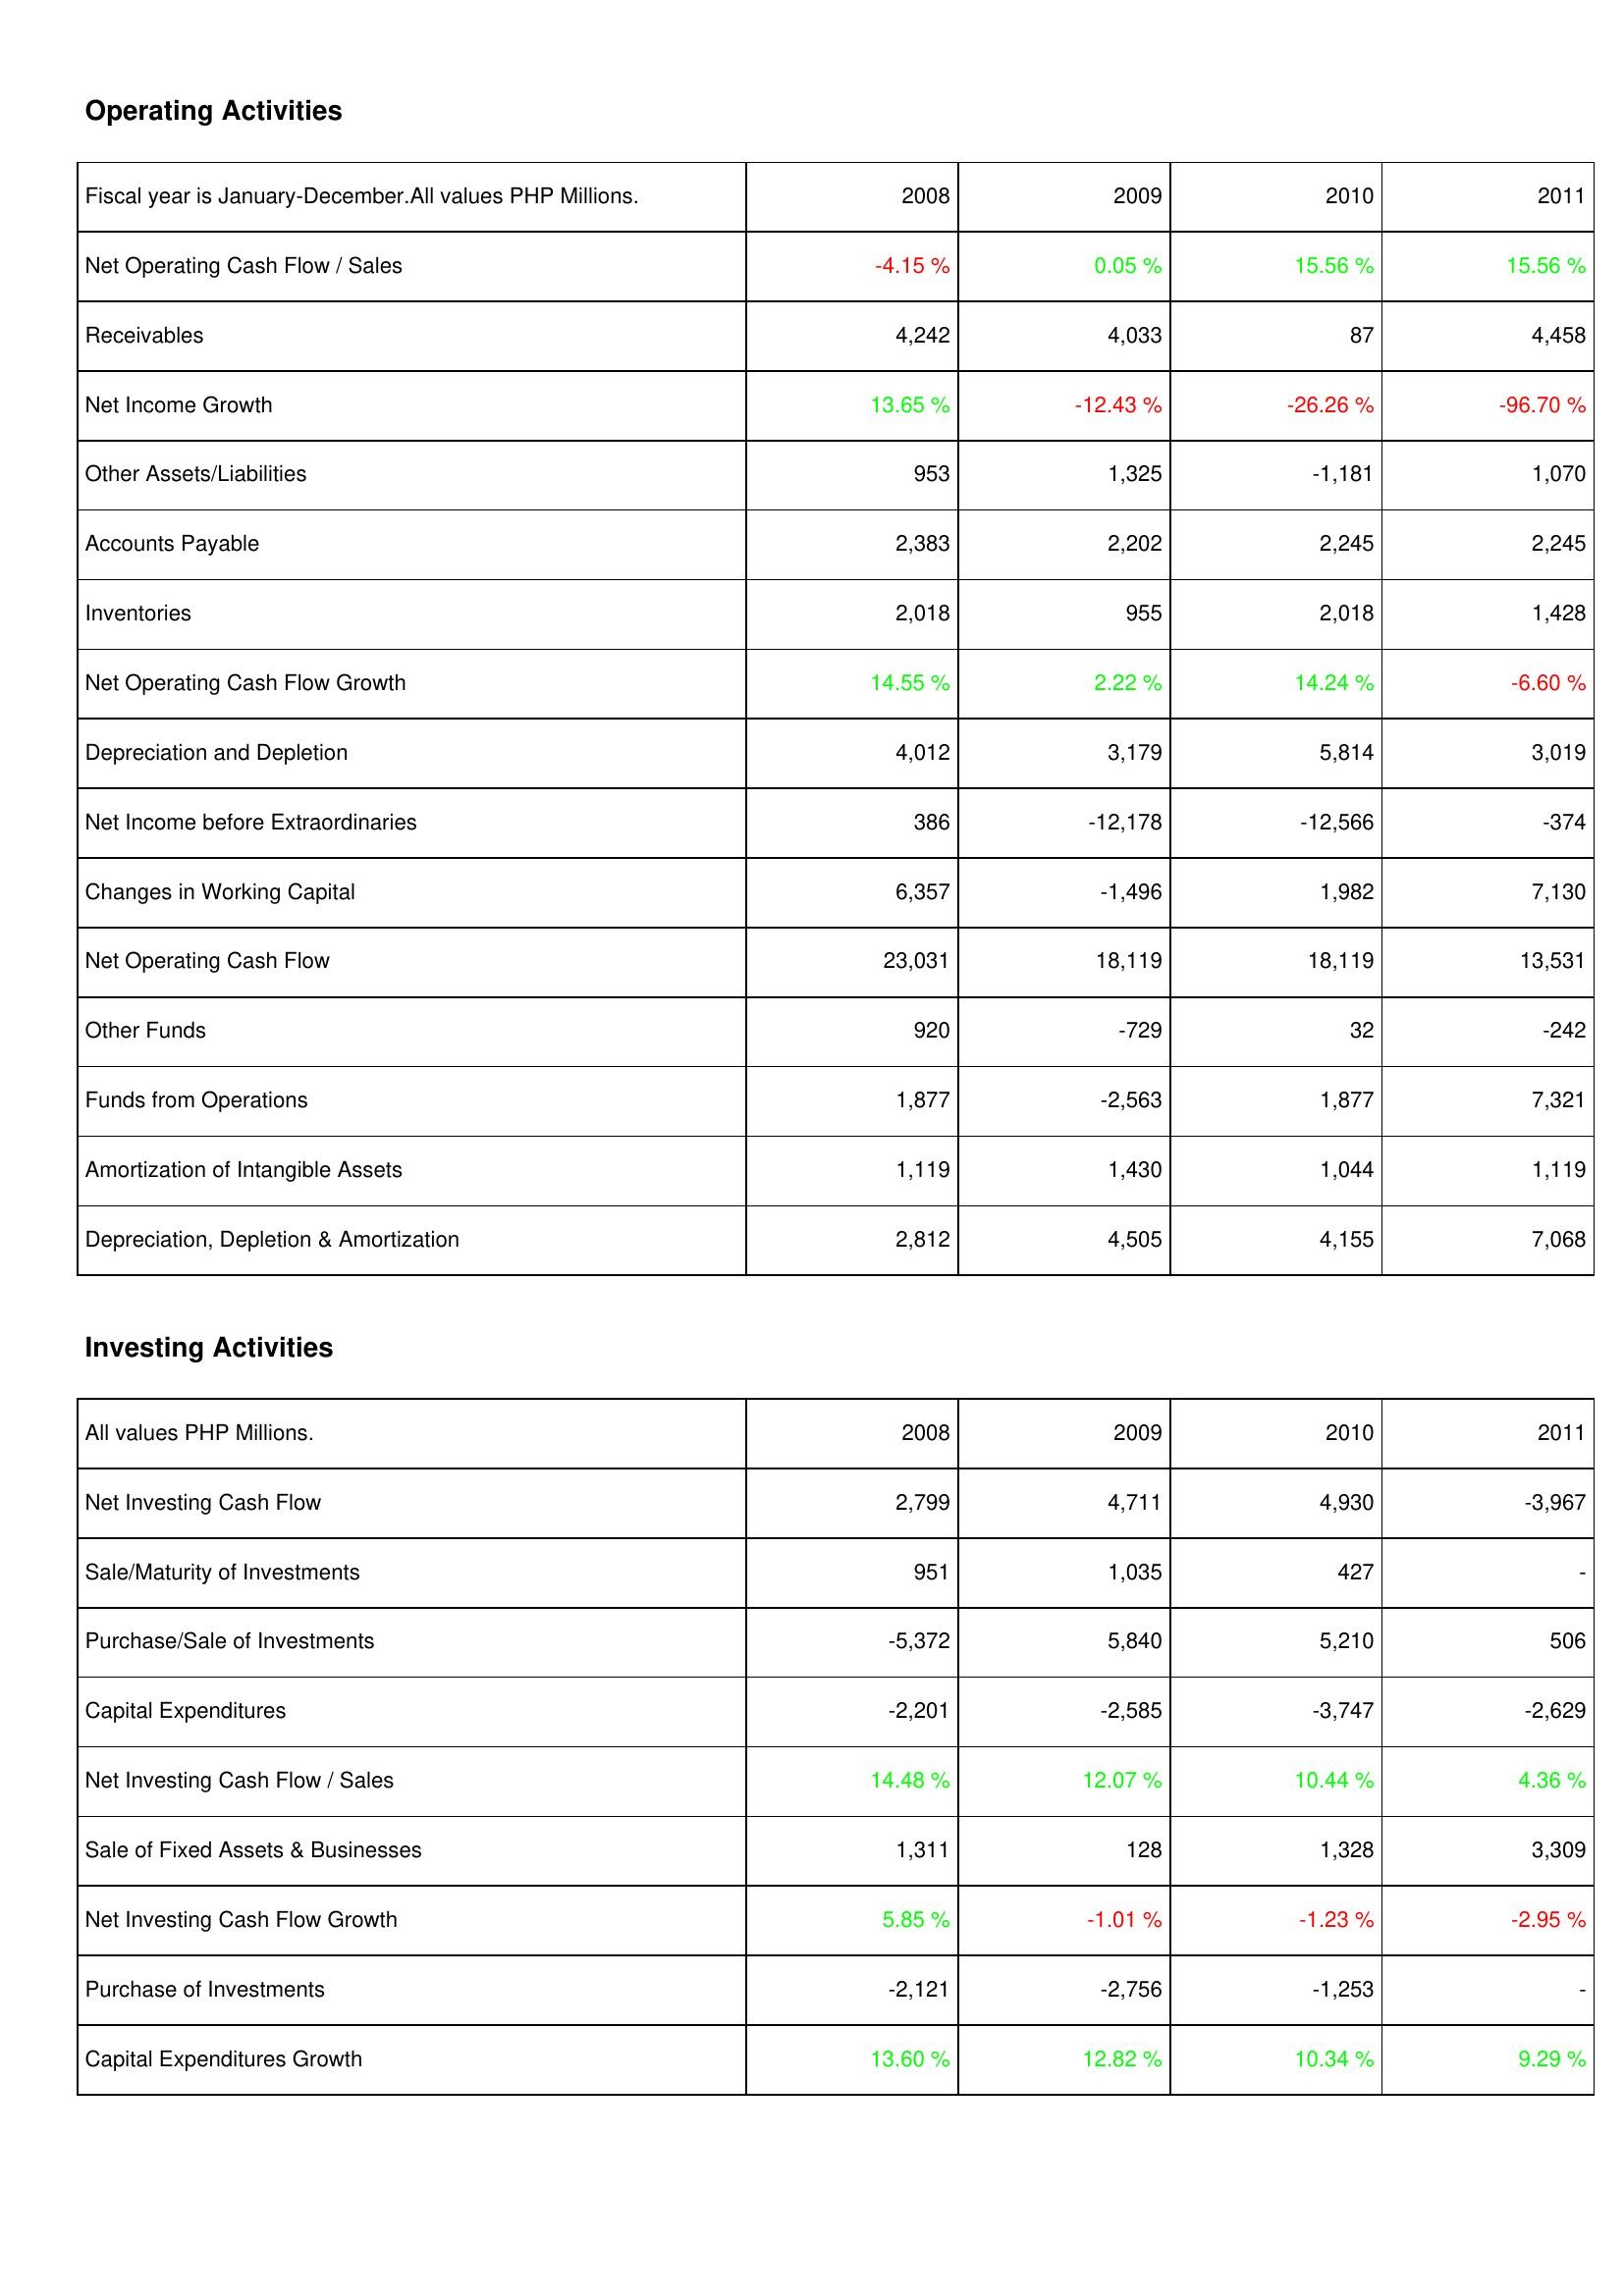
2008: Operating Activities: Net Operating Cash Flow / Sales: -4.15 %
Receivables: 4,242
Net Income Growth: 13.65 %
Other Assets/Liabilities: 953
Accounts Payable: 2,383
Inventories: 2,018
Net Operating Cash Flow Growth: 14.55 %
Depreciation and Depletion: 4,012
Net Income before Extraordinaries: 386
Changes in Working Capital: 6,357
Net Operating Cash Flow: 23,031
Other Funds: 920
Funds from Operations: 1,877
Amortization of Intangible Assets: 1,119
Depreciation, Depletion & Amortization: 2,812
Investing Activities: Net Investing Cash Flow: 2,799
Sale/Maturity of Investments: 951
Purchase/Sale of Investments: -5,372
Capital Expenditures: -2,201
Net Investing Cash Flow / Sales: 14.48 %
Sale of Fixed Assets & Businesses: 1,311
Net Investing Cash Flow Growth: 5.85 %
Purchase of Investments: -2,121
Capital Expenditures Growth: 13.60 %
2009: Operating Activities: Net Operating Cash Flow / Sales: 0.05 %
Receivables: 4,033
Net Income Growth: -12.43 %
Other Assets/Liabilities: 1,325
Accounts Payable: 2,202
Inventories: 955
Net Operating Cash Flow Growth: 2.22 %
Depreciation and Depletion: 3,179
Net Income before Extraordinaries: -12,178
Changes in Working Capital: -1,496
Net Operating Cash Flow: 18,119
Other Funds: -729
Funds from Operations: -2,563
Amortization of Intangible Assets: 1,430
Depreciation, Depletion & Amortization: 4,505
Investing Activities: Net Investing Cash Flow: 4,711
Sale/Maturity of Investments: 1,035
Purchase/Sale of Investments: 5,840
Capital Expenditures: -2,585
Net Investing Cash Flow / Sales: 12.07 %
Sale of Fixed Assets & Businesses: 128
Net Investing Cash Flow Growth: -1.01 %
Purchase of Investments: -2,756
Capital Expenditures Growth: 12.82 %
2010: Operating Activities: Net Operating Cash Flow / Sales: 15.56 %
Receivables: 87
Net Income Growth: -26.26 %
Other Assets/Liabilities: -1,181
Accounts Payable: 2,245
Inventories: 2,018
Net Operating Cash Flow Growth: 14.24 %
Depreciation and Depletion: 5,814
Net Income before Extraordinaries: -12,566
Changes in Working Capital: 1,982
Net Operating Cash Flow: 18,119
Other Funds: 32
Funds from Operations: 1,877
Amortization of Intangible Assets: 1,044
Depreciation, Depletion & Amortization: 4,155
Investing Activities: Net Investing Cash Flow: 4,930
Sale/Maturity of Investments: 427
Purchase/Sale of Investments: 5,210
Capital Expenditures: -3,747
Net Investing Cash Flow / Sales: 10.44 %
Sale of Fixed Assets & Businesses: 1,328
Net Investing Cash Flow Growth: -1.23 %
Purchase of Investments: -1,253
Capital Expenditures Growth: 10.34 %
2011: Operating Activities: Net Operating Cash Flow / Sales: 15.56 %
Receivables: 4,458
Net Income Growth: -96.70 %
Other Assets/Liabilities: 1,070
Accounts Payable: 2,245
Inventories: 1,428
Net Operating Cash Flow Growth: -6.60 %
Depreciation and Depletion: 3,019
Net Income before Extraordinaries: -374
Changes in Working Capital: 7,130
Net Operating Cash Flow: 13,531
Other Funds: -242
Funds from Operations: 7,321
Amortization of Intangible Assets: 1,119
Depreciation, Depletion & Amortization: 7,068
Investing Activities: Net Investing Cash Flow: -3,967
Sale/Maturity of Investments: -
Purchase/Sale of Investments: 506
Capital Expenditures: -2,629
Net Investing Cash Flow / Sales: 4.36 %
Sale of Fixed Assets & Businesses: 3,309
Net Investing Cash Flow Growth: -2.95 %
Purchase of Investments: -
Capital Expenditures Growth: 9.29 %